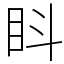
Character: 䀞